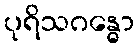
ပုရိသဂန္ဓော